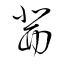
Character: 茜